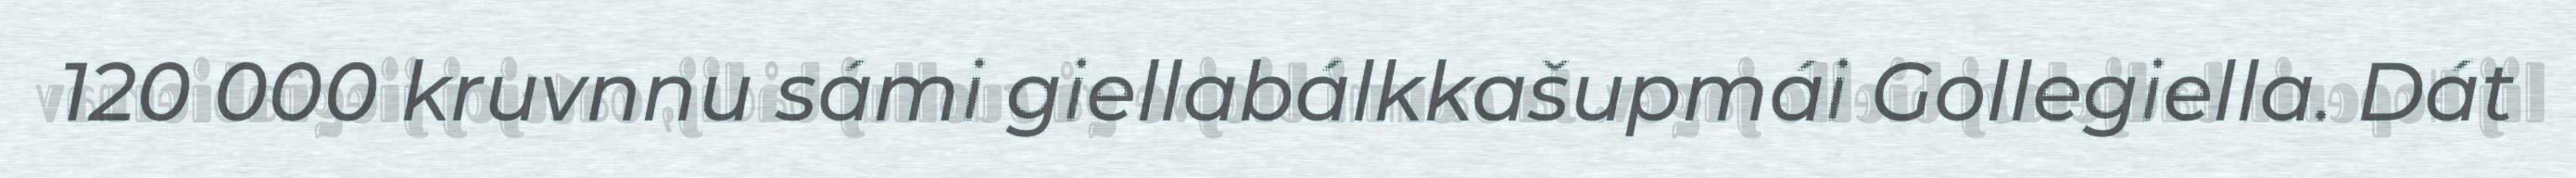
120 000 kruvnnu sámi giellabálkkašupmái Gollegiella. Dát